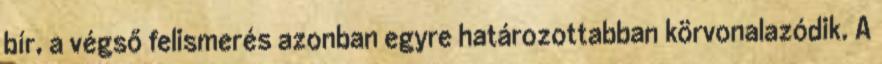
bír, a végső felismerés azonban egyre határozottabban körvonalazódik. A